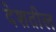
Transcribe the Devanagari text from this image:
देशतील